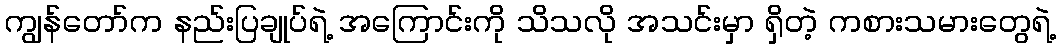
ကျွန်တော်က နည်းပြချုပ်ရဲ့ အကြောင်းကို သိသလို အသင်းမှာ ရှိတဲ့ ကစားသမားတွေရဲ့